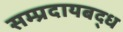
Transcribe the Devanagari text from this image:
सम्प्रदायबद्ध